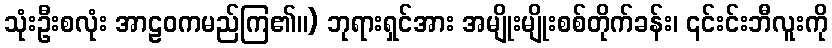
သုံးဦးစလုံး အာဠဝကမည်ကြ၏။) ဘုရားရှင်အား အမျိုးမျိုးစစ်တိုက်ခန်း၊ ၎င်းင်းဘီလူးကို